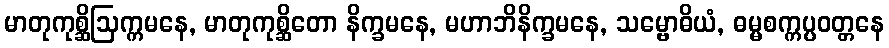
မာတုကုစ္ဆိဩက္ကမနေ, မာတုကုစ္ဆိတော နိက္ခမနေ, မဟာဘိနိက္ခမနေ, သမ္ဗောဓိယံ, ဓမ္မစက္ကပ္ပဝတ္တနေ